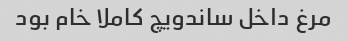
مرغ داخل ساندویچ کاملا خام بود